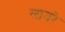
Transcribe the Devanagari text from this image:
लायरे